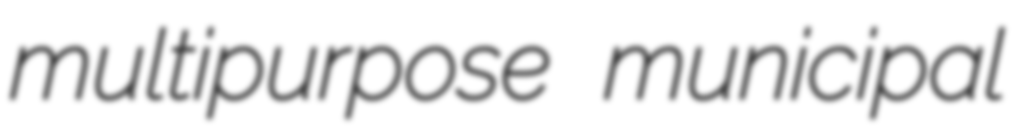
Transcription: multipurpose municipal